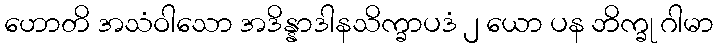
ဟောတိ အသံဝါသော အဒိန္နာဒါနသိက္ခာပဒံ ၂ ယော ပန ဘိက္ခု ဂါမာ